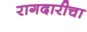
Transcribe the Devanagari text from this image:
रागदारीचा